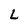
Character: L